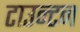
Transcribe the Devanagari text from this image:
टाउन्टन